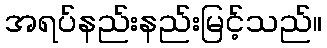
အရပ်နည်းနည်းမြင့်သည်။